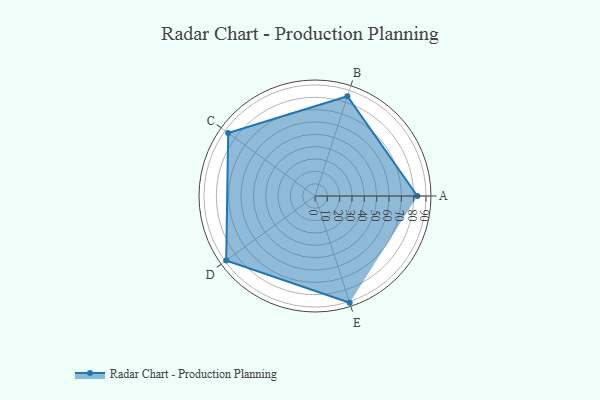
{"axis": {"x": "Skill", "y": "Score"}, "legend": ["Profile"], "data": [{"x": "A", "y": 83.0, "type": "Profile"}, {"x": "B", "y": 85.0, "type": "Profile"}, {"x": "C", "y": 87.0, "type": "Profile"}, {"x": "D", "y": 89.0, "type": "Profile"}, {"x": "E", "y": 91.0, "type": "Profile"}]}